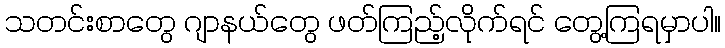
သတင်းစာတွေ ဂျာနယ်တွေ ဖတ်ကြည့်လိုက်ရင် တွေ့ကြရမှာပါ။